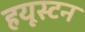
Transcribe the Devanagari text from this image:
हयूस्टन